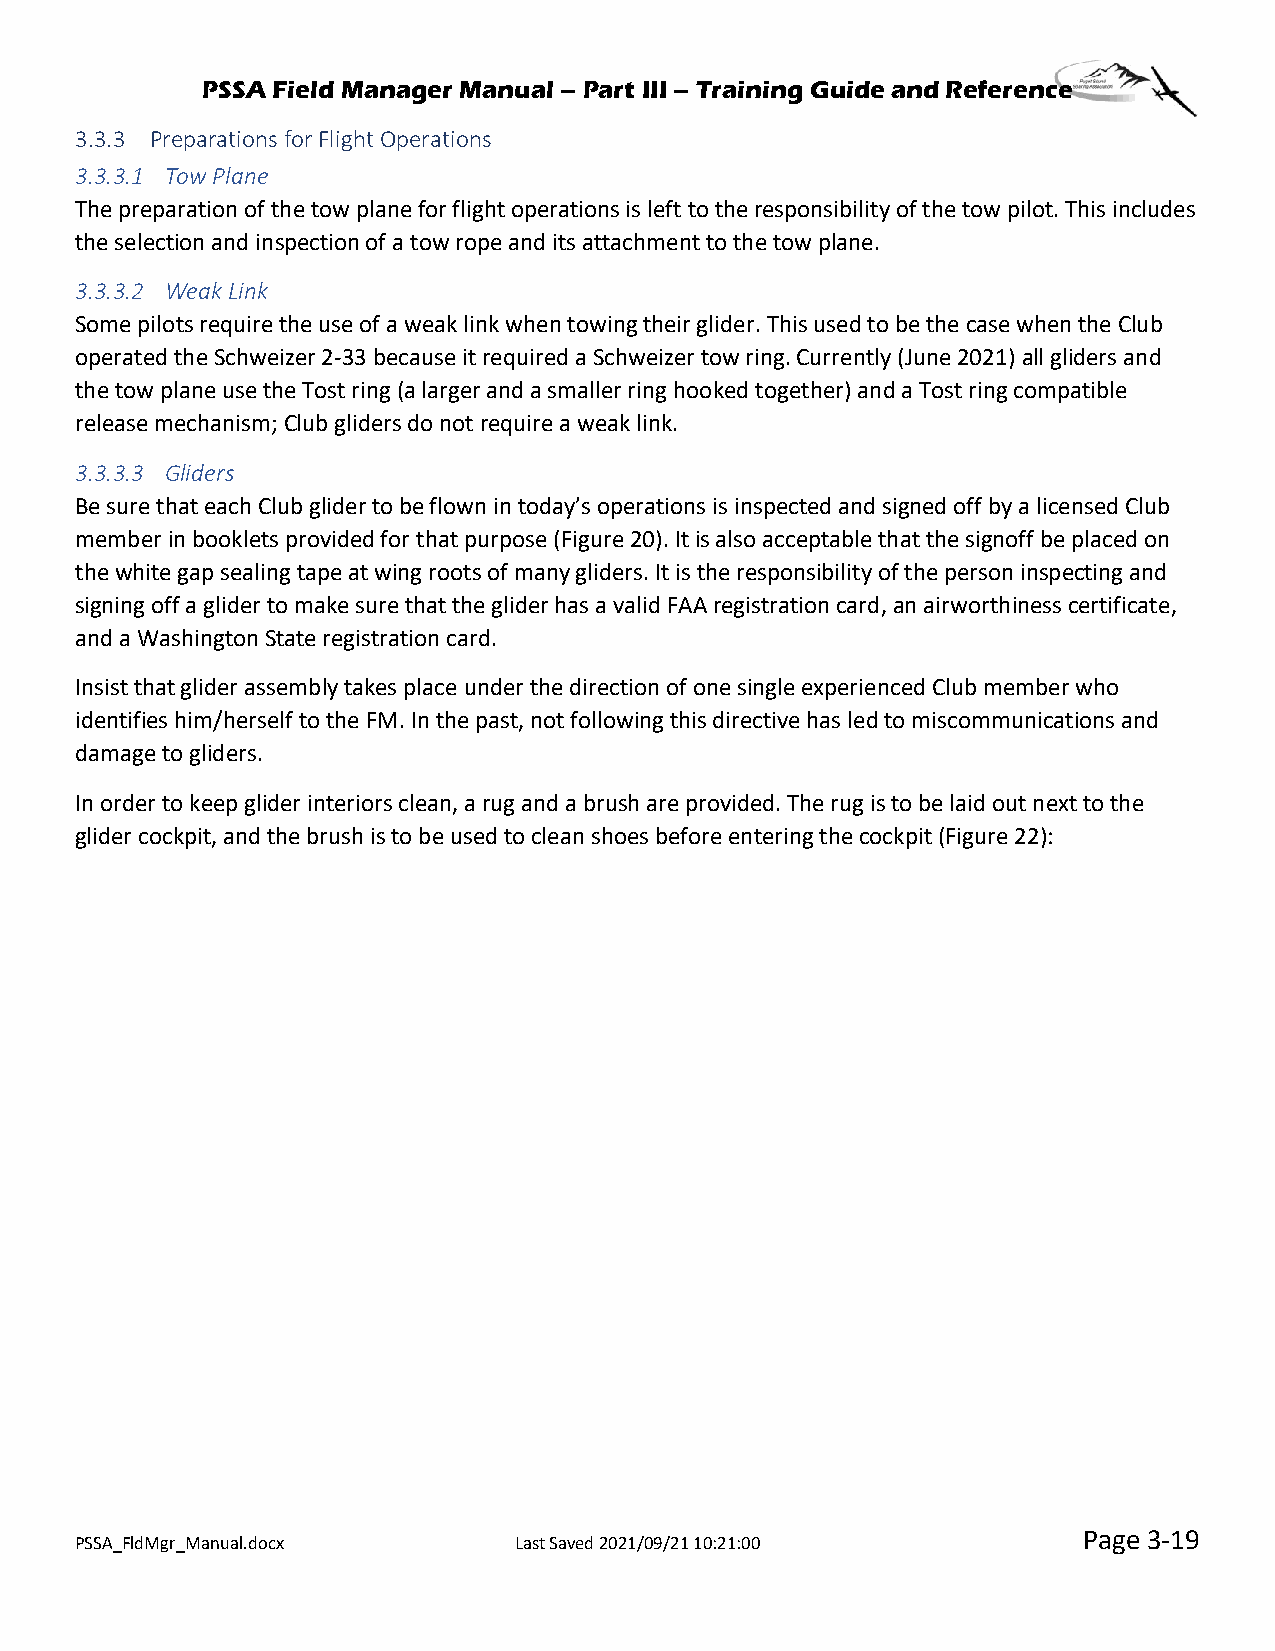
PSSA Field Manager Manual – Part III – Training Guide and Reference
 3.3.3 Preparations for Flight Operations
 3.3.3.1 Tow Plane
 The preparation of the tow plane for flight operations is left to the responsibility of the tow pilot. This includes
 the selection and inspection of a tow rope and its attachment to the tow plane.
 3.3.3.2 Weak Link
 Some pilots require the use of a weak link when towing their glider. This used to be the case when the Club
 operated the Schweizer 2-33 because it required a Schweizer tow ring. Currently (June 2021) all gliders and
 the tow plane use the Tost ring (a larger and a smaller ring hooked together) and a Tost ring compatible
 release mechanism; Club gliders do not require a weak link.
 3.3.3.3 Gliders
 Be sure that each Club glider to be flown in today’s operations is inspected and signed off by a licensed Club
 member in booklets provided for that purpose (Figure 20). It is also acceptable that the signoff be placed on
 the white gap sealing tape at wing roots of many gliders. It is the responsibility of the person inspecting and
 signing off a glider to make sure that the glider has a valid FAA registration card, an airworthiness certificate,
 and a Washington State registration card.
 Insist that glider assembly takes place under the direction of one single experienced Club member who
 identifies him/herself to the FM. In the past, not following this directive has led to miscommunications and
 damage to gliders.
 In order to keep glider interiors clean, a rug and a brush are provided. The rug is to be laid out next to the
 glider cockpit, and the brush is to be used to clean shoes before entering the cockpit (Figure 22):
 Page 3-19
 PSSA_FldMgr_Manual.docx      Last Saved 2021/09/21 10:21:00